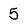
Character: 5